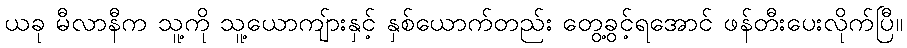
ယခု မီလာနီက သူ့ကို သူ့ယောကျ်ားနှင့် နှစ်ယောက်တည်း တွေ့ခွင့်ရအောင် ဖန်တီးပေးလိုက်ပြီ။